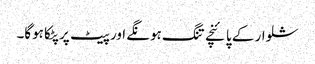
شلوار کے پائنچے تنگ ہونگے اور پیٹ پر پٹکا ہوگا۔